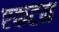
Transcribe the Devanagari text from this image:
एकटन